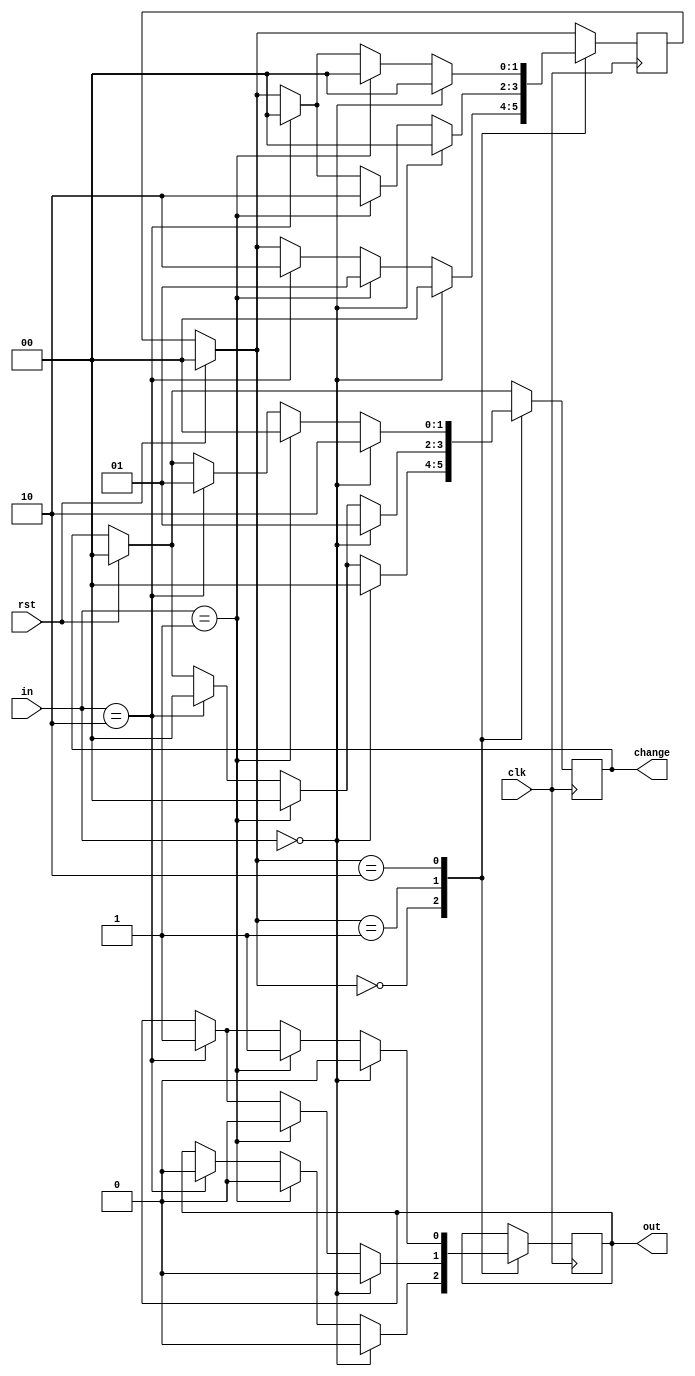


module vending_machine(
  input clk,
  input rst,
  input [1:0]in, 
  output reg out,
  output reg[1:0] change
  );

parameter s0 = 2'b00;
parameter s1 = 2'b01;
parameter s2 = 2'b10;
  
  reg[1:0] c_state,n_state;
  
always@ (posedge clk)
  begin
if(rst == 1)
 begin
c_state = 0;
n_state = 0;
change = 2'b00;
end
else
c_state = n_state;
case(c_state)
s0: 

if(in == 0)
begin
n_state = s0;
out = 0;
change = 2'b00;
end
else if(in == 2'b01)
begin
n_state = s1;
out = 0;
change = 2'b00;
end
else if(in == 2'b10)
begin
n_state = s2;
out = 0;
change = 2'b00;
end
s1:
  
if(in == 0)
 begin
 n_state = s0;
 out = 0;
 change = 2'b01; 
 end
 else if(in == 2'b01)
 begin
 n_state = s2;
 out = 0;
 change = 2'b00;
 end
 else if(in == 2'b10)
 begin
 n_state = s0;
 out = 1;
 change = 2'b00;
 end
 s2: 
 
 if(in == 0)
 begin
 n_state = s0;
 out = 0;
 change = 2'b10;
 end
 else if(in == 2'b01)
 begin
 n_state = s0;
 out = 1;
 change = 2'b00;
 end
 else if(in == 2'b10)
 begin
 n_state = s0;
 out = 1;
 change = 2'b01; 
 end
 endcase
 end 
endmodule